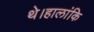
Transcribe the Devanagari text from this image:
थे।हालांकि